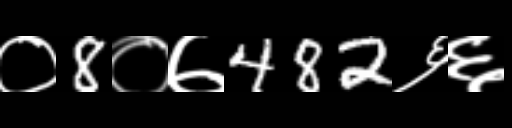
Text: ०8०७482६६